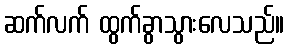
ဆက်လက် ထွက်ခွာသွားလေသည်။